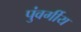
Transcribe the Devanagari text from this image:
पुंवर्गीय